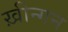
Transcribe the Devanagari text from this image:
ख़ीन्गन